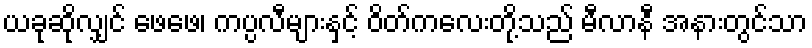
ယခုဆိုလျှင် ဖေဖေ၊ ကပ္ပလီများနှင့် ဝိတ်ကလေးတို့သည် မီလာနီ အနားတွင်သာ